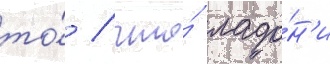
то́ / что́ ладо́н'и